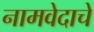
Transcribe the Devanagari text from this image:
नामवेदाचे